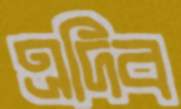
এদিব